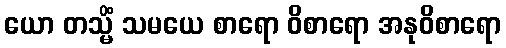
ယော တသ္မိံ သမယေ စာရော ဝိစာရော အနုဝိစာရော